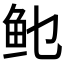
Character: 𲍆